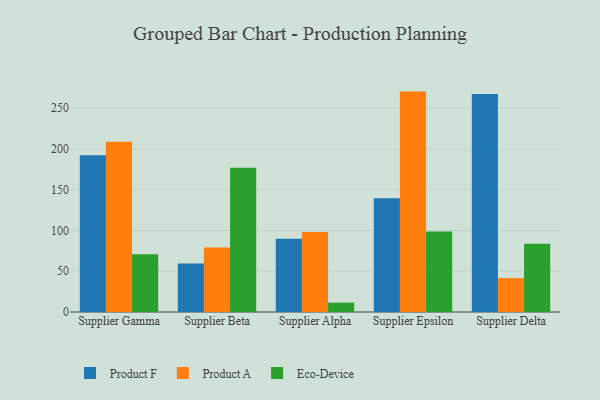
{"axis": {"x": "Supplier", "y": "Page Views"}, "legend": ["Eco-Device", "Product A", "Product F"], "data": [{"x": "Supplier Gamma", "y": 192.2, "type": "Product F"}, {"x": "Supplier Gamma", "y": 208.9, "type": "Product A"}, {"x": "Supplier Gamma", "y": 71.0, "type": "Eco-Device"}, {"x": "Supplier Beta", "y": 59.4, "type": "Product F"}, {"x": "Supplier Beta", "y": 79.0, "type": "Product A"}, {"x": "Supplier Beta", "y": 176.9, "type": "Eco-Device"}, {"x": "Supplier Alpha", "y": 90.0, "type": "Product F"}, {"x": "Supplier Alpha", "y": 98.0, "type": "Product A"}, {"x": "Supplier Alpha", "y": 11.5, "type": "Eco-Device"}, {"x": "Supplier Epsilon", "y": 139.6, "type": "Product F"}, {"x": "Supplier Epsilon", "y": 270.4, "type": "Product A"}, {"x": "Supplier Epsilon", "y": 98.9, "type": "Eco-Device"}, {"x": "Supplier Delta", "y": 267.5, "type": "Product F"}, {"x": "Supplier Delta", "y": 41.6, "type": "Product A"}, {"x": "Supplier Delta", "y": 83.8, "type": "Eco-Device"}]}